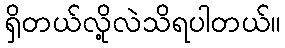
ရှိတယ်လို့လဲသိရပါတယ်။